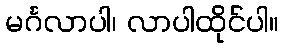
မင်္ဂလာပါ၊ လာပါထိုင်ပါ။